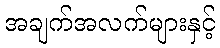
အချက်အလက်များနှင့်